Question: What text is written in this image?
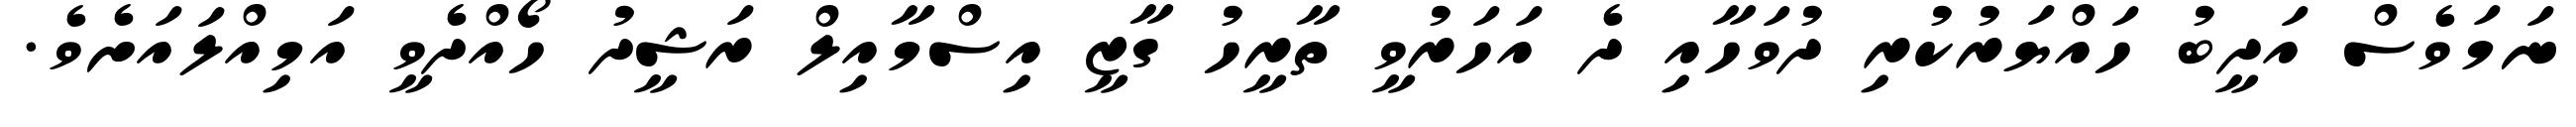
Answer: ނަމަވެސް އަދީބު ހައްޔަރުކުރި ދުވަހާއި ދެ އަހަރުވީ ތާރީހު ގާޒީ އިސްމާއިލް ރަޝީދު ހޯއްދެވީ އަމިއްލައަށެވެ.